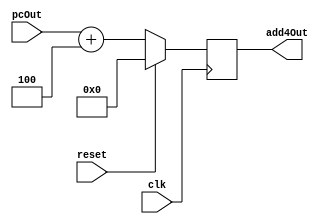
module add4(
    input wire clk,
    input wire reset,
    input wire [31:0] pcOut,
    output reg [31:0] add4Out
);

    always @(posedge clk) begin
        if (reset) begin
            add4Out = 32'b0;
        end
        else begin
            add4Out = pcOut + 32'd4;    
        end
    end
endmodule